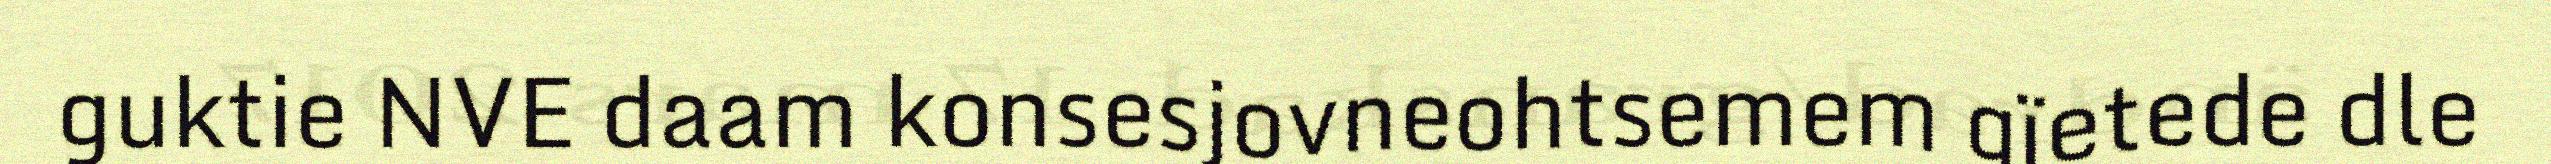
guktie NVE daam konsesjovneohtsemem gïetede dle